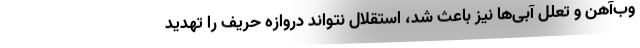
وب‌آهن و تعلل آبی‌ها نیز باعث شد، استقلال نتواند دروازه حریف را تهدید